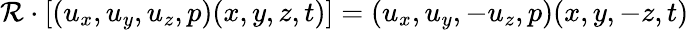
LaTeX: \mathcal{R}\cdot[(u_{x},u_{y},u_{z},p)(x,y,z,t)]=(u_{x},u_{y},-u_{z},p)(x,y,-z,t)